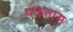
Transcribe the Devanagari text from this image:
एकतास